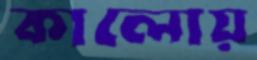
কালোয়